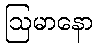
ဩမာနော